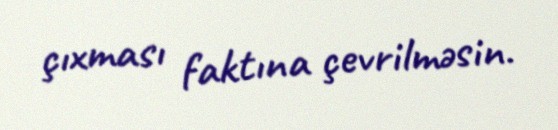
çıxması faktına çevrilməsin.